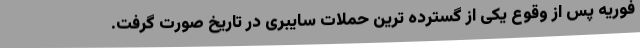
فوریه پس از وقوع یکی از گسترده ترین حملات سایبری در تاریخ صورت گرفت.